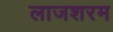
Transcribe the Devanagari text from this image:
लाजशरम